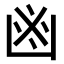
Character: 𠚍